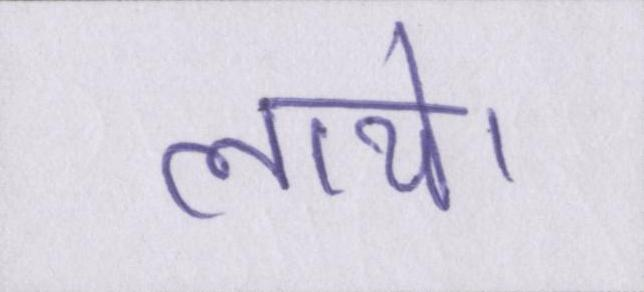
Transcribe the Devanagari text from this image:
लाये।